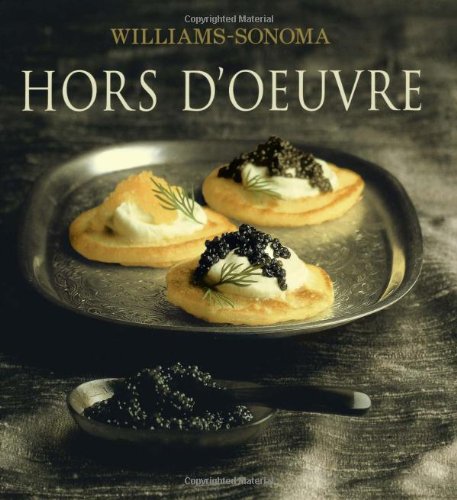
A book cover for Hors D'Oeuvre: William Sonoma Collection; Brigit Legere Binns; Cookbooks, Food & Wine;